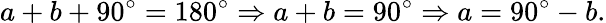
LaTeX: a+b+90^{\circ}=180^{\circ}\Rightarrow a+b=90^{\circ}\Rightarrow a=90^{\circ}-b.